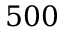
5 0 0